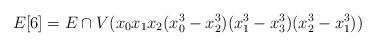
LaTeX: \begin{align*}E[6]= E\cap V(x_{0}x_{1}x_{2}(x_{0}^{3}-x_{2}^{3})(x_{1}^{3}-x_{3}^{3})(x_{2}^{3}-x_{1}^{3}))\end{align*}